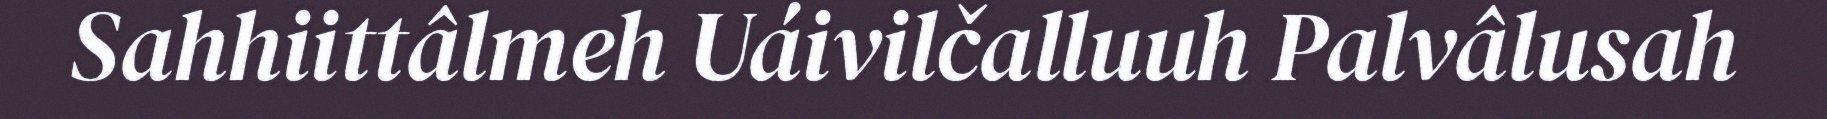
Sahhiittâlmeh Uáivilčalluuh Palvâlusah